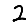
Digit: 2